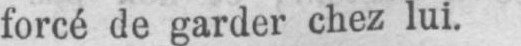
forcé de garder chez lui.